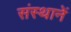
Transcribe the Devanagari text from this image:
संस्थानें